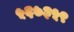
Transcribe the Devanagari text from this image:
५६७३५९